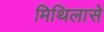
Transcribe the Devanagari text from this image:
मिथिलासे